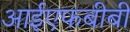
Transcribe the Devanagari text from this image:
आईएफबीबी